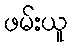
ဖမ်းယူ